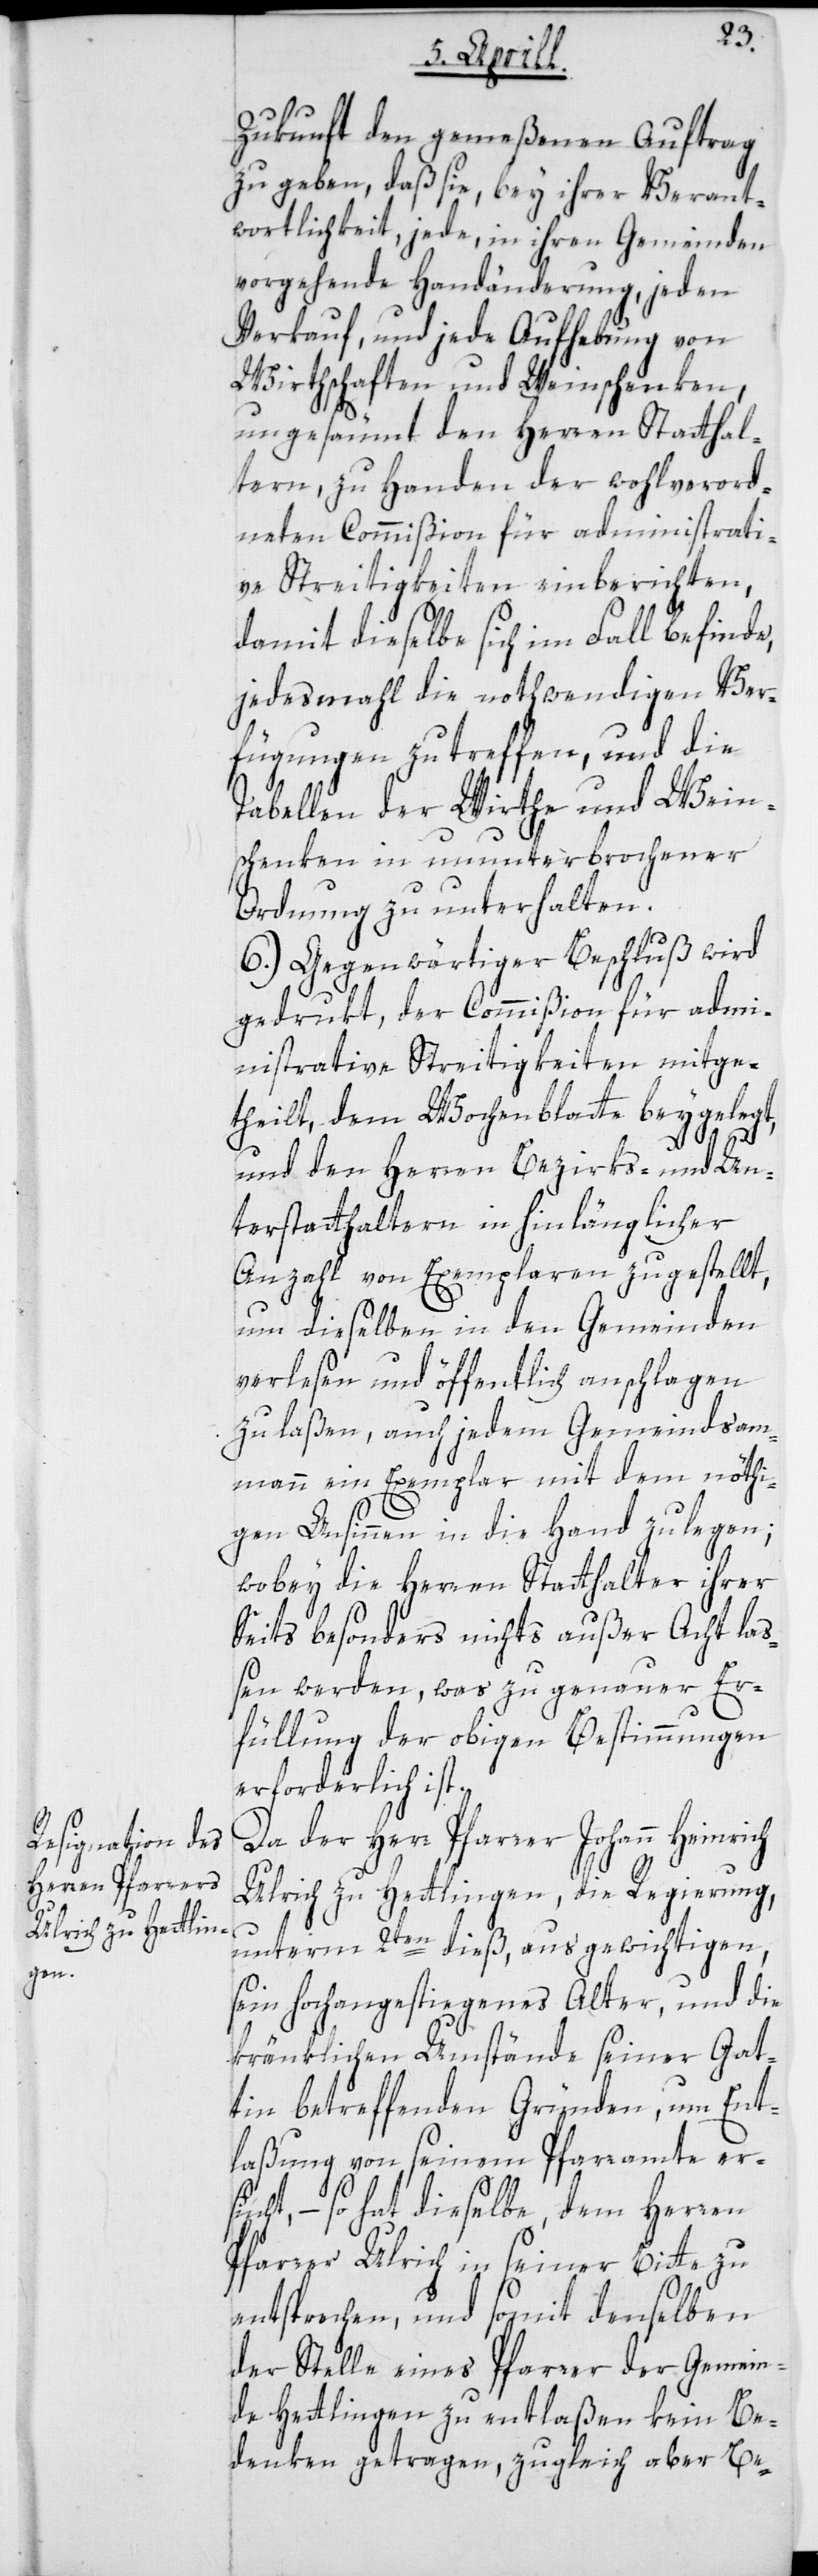
Zukunft den gemeßenen Auftrag
zu geben, daß sie, bey ihrer Verant¬
wortlichkeit, jede in ihren Gemeinden
vorgehende Handänderung, jeden
Verkauf, und jede Aufhebung von
Wirthschaften und Weinschenken,
ungesäumt den Herren Statthal¬
tern, zu Handen der wohlverord¬
neten Commißion für administrati¬
ve Streitigkeiten einberichten,
damit dieselbe sich im Fall befinde,
jedesmahl die nothwendigen Ver¬
fügungen zu treffen, und die
Tabellen der Wirthe und Wein¬
schenken in ununterbrochener
Ordnung zu unterhalten.
6.) Gegenwärtiger Beschluß wird
gedrukt, der Commißion für admi¬
nistrative Streitigkeiten mitge¬
theilt, dem Wochenblatte beygelegt,
und den Herren Bezirks- und Un¬
terstatthaltern in hinlänglicher
Anzahl von Exemplaren zugestellt,
um dieselben in den Gemeinden
verlesen und öffentlich anschlagen
zu laßen, auch jedem Gemeindsam¬
mann ein Exemplar mit dem nöthi¬
gen Ansinnen in die Hand zu legen;
wobey die Herren Statthalter ihrer
Seits besonders nichts außer Acht laß¬
en werden, was zu genauer Er¬
füllung der obigen Bestimmungen
erforderlich ist.
Da der Herr Pfarrer Johann Heinrich
Ulrich zu Hettlingen, die Regierung,
unterm 2ten dieß, aus gewichtigen,
sein hochangestiegenes Alter, und die
kränklichen Umstände seiner Gat¬
tin betreffenden Gründen, um Ent¬
laßung von seinem Pfarramte ers¬
ucht, – so hat dieselbe, dem Herren
Pfarrer Ulrich in seiner Bitte zu
entsprechen, und somit denselben
der Stelle eines Pfarrer der Gemein¬
de Hettlingen zu entlaßen kein Be¬
denken getragen, zugleich aber Be-